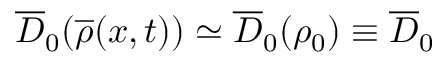
\overline { { D } } _ { 0 } ( \overline { { \rho } } ( x , t ) ) \simeq \overline { { D } } _ { 0 } ( \rho _ { 0 } ) \equiv \overline { { D } } _ { 0 }